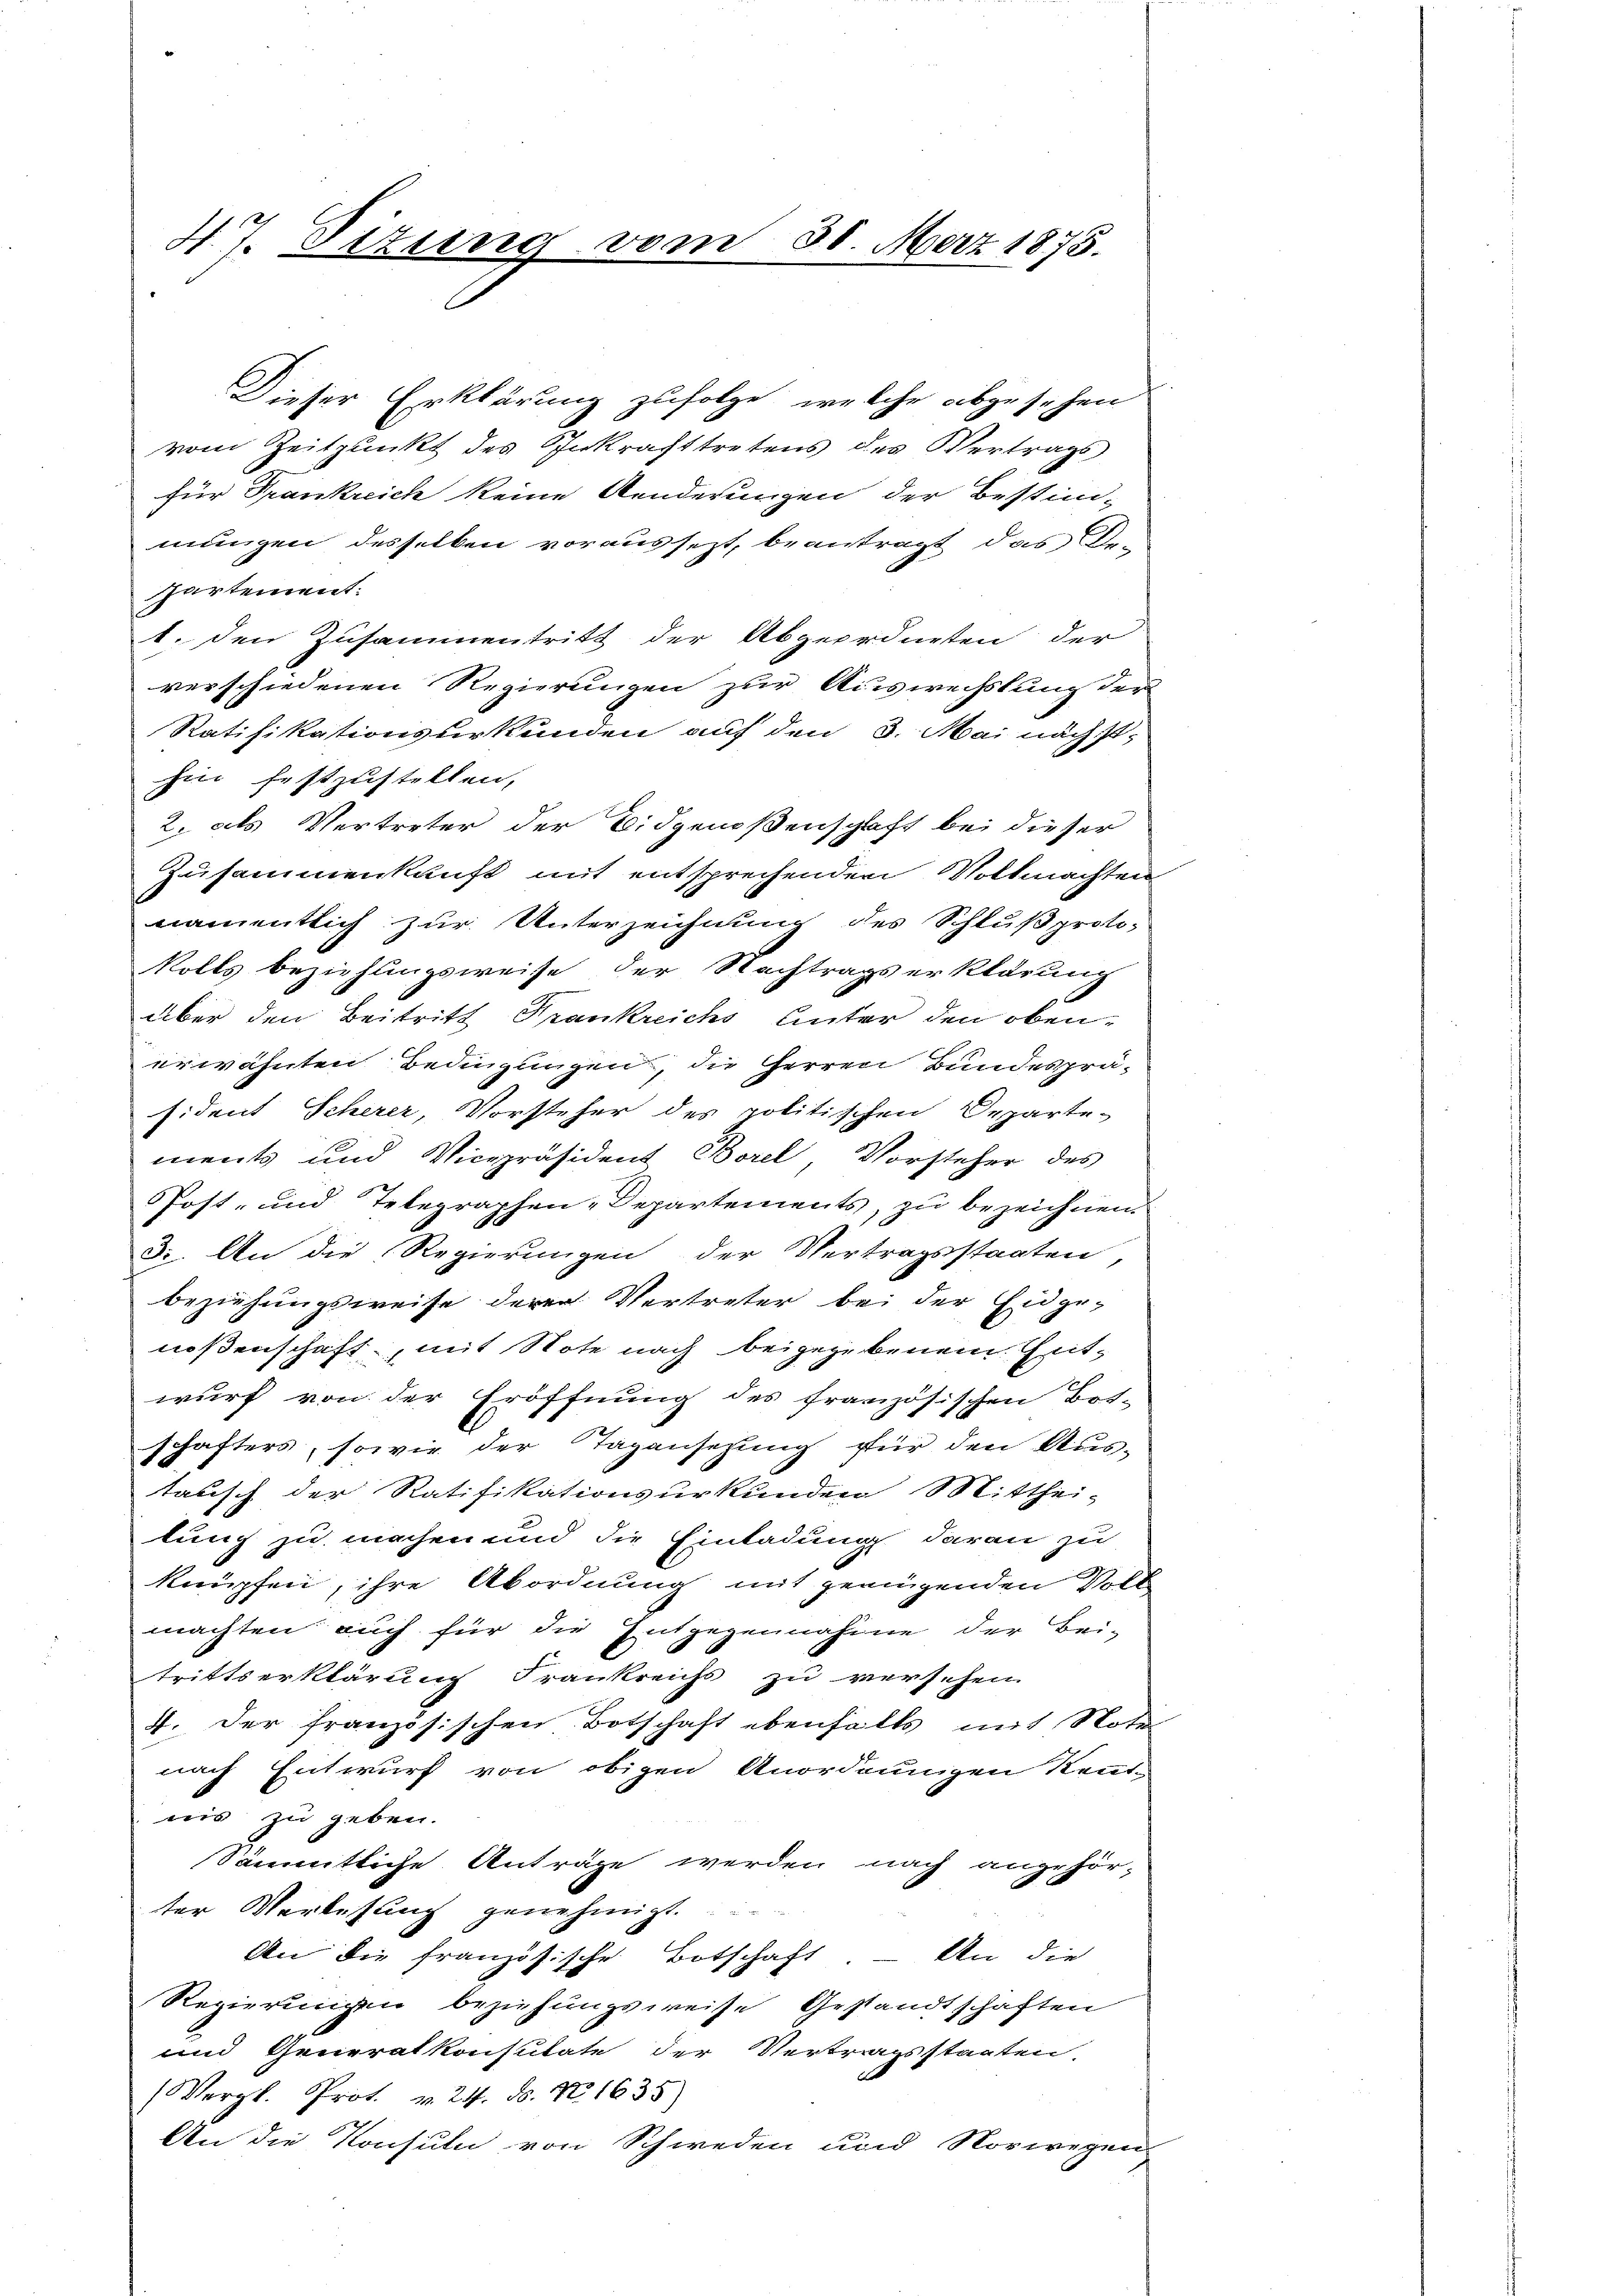
47. Ettung vom 30. Merz 1875.

Dieser Erklärung zufolge, welche abzusehen
vom Zeitpunkt des Inkrafttretens des Vertrags
für Frankreich keine Aenderungen der Bestim-
mungen desselben voraussezt, beantragt das Be-
partement.
1. den Zusammentritt der Abgeordneten der
verschiedenen Regierungen zur Auswechslung der
Ratifikationsurkunden auf den 3. Mai nächsthin festzustellen,
2. als Vertreter der Eidgenoßenschaft bei dieser
Zusammenkunft mit entsprechenden Vollmachten
namentlich zur Unterzeichnung des Schluß proto-
Rolls beziehungsweise der Nachtragserklärung
über den Beitritt Frankreichs unter den obenerwähnten Bedingungen, die Herren Bundespräsident Scherer, Vorsteher des politischen Departe-
ments und Vicepräsident Borel, Vorsteher des
Post- und Telegraphen-Departements, zu bezeichnen.
32. An die Regierungen der Vertragsstaaten
beziehungsweise deren Vertreter bei der Eidge-
noßenschaft, mit Note nach beigegebenem Entwurf von der Eröffnung des französischen Bot-
schafters, sowie der Tagensetzung für den Austausch der Ratifikationsurkunden Mitthei-
lung zu machen und die Einladung daran zu
knüpfen, ihre Abordnung mit geringenden Voll
machten auch für die Entgegennahme der Bei-
trittserklärung Frankreichs zu versehen.
4. Der französischen Botschaft ebenfalls mit Note
nach Entwurf von obigen Anordnungen Keur-
nis zu geben.
Sämmtliche Anträge werden nach angehör-
ter Verlesung genehmigt.
An die französische Botschaft. – An die
Regierungen beziehungsweise Gestandtschaften
und Generalkonstitate der Vertragsstaaten.
(Vergl. Prot. v. 24. ds. No. 1635)
An die Konsuln von Schweden und Vorwegen